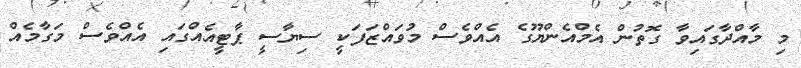
މި މާއްދާގައިވާ ގޮތުން އެމްއެންޔޫގެ އެއްވެސް މުވައްޒަފަކީ ސިޔާސީ ޕާޓީއެއްގައި އެއްވެސް މަގާމެއް